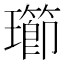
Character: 𱯽